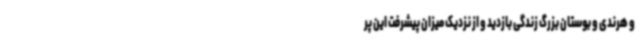
و هرندی و بوستان بزرگ زندگی بازدید و از نزدیک میزان پیشرفت این پر